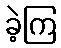
ခဲ့ကြ